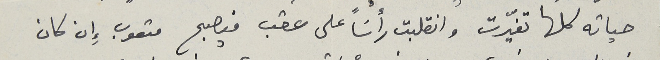
حياته كلها تغيّرت وانقلبت رأسَاً على عقب فيصبح متعوب إِن كان